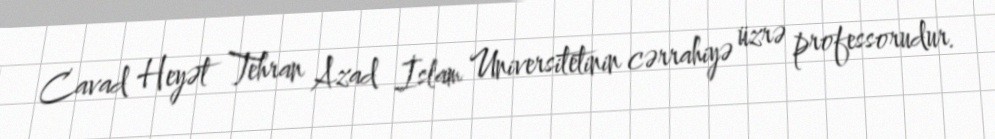
Cavad Heyət Tehran Azad İslam Universitetinin cərrahiyə üzrə professorudur.